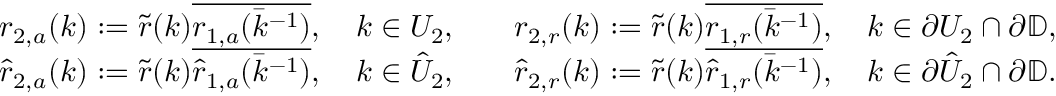
\begin{array} { r l r l } & { r _ { 2 , a } ( k ) : = \tilde { r } ( k ) \overline { { r _ { 1 , a } ( \bar { k } ^ { - 1 } ) } } , \quad k \in U _ { 2 } , } & & { r _ { 2 , r } ( k ) : = \tilde { r } ( k ) \overline { { r _ { 1 , r } ( \bar { k } ^ { - 1 } ) } } , \quad k \in \partial U _ { 2 } \cap \partial \mathbb { D } , } \\ & { \hat { r } _ { 2 , a } ( k ) : = \tilde { r } ( k ) \overline { { \hat { r } _ { 1 , a } ( \bar { k } ^ { - 1 } ) } } , \quad k \in \hat { U } _ { 2 } , } & & { \hat { r } _ { 2 , r } ( k ) : = \tilde { r } ( k ) \overline { { \hat { r } _ { 1 , r } ( \bar { k } ^ { - 1 } ) } } , \quad k \in \partial \hat { U } _ { 2 } \cap \partial \mathbb { D } . } \end{array}